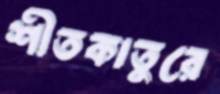
শীতকাতুরে